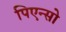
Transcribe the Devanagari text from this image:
पिएन्सो